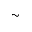
\sim